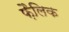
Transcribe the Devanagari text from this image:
फ़ैलिक